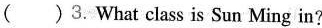
（ ）3.What class is Sun Ming in?